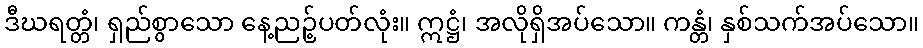
ဒီဃရတ္တံ၊ ရှည်စွာသော နေ့ညဉ့်ပတ်လုံး။ ဣဋ္ဌံ၊ အလိုရှိအပ်သော။ ကန္တံ၊ နှစ်သက်အပ်သော။